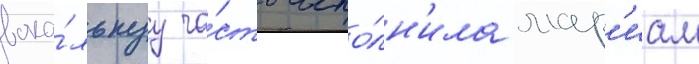
вока́льнуу ча́сть испо́лн'ила мар'иам